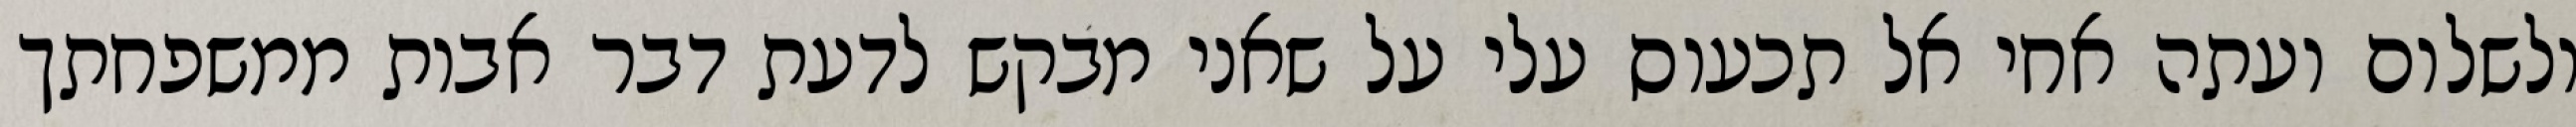
ולשלום ועתה אחי אל תכעוס עלי על שאני מבקש לדעת דבר אבות ממשפחתך